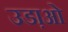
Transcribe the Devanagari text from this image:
उडा़ओ